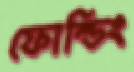
ফোল্ডিং